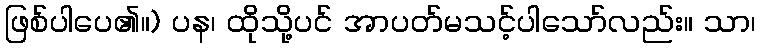
ဖြစ်ပါပေ၏။) ပန၊ ထိုသို့ပင် အာပတ်မသင့်ပါသော်လည်း။ သာ၊